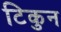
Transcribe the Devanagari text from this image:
टिकुन